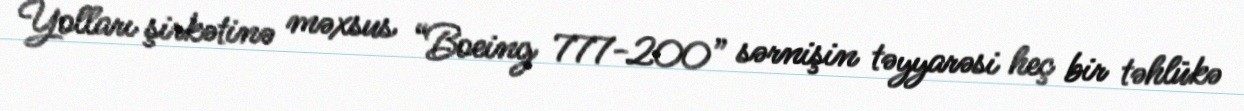
Yolları şirkətinə məxsus “Boeing 777-200” sərnişin təyyarəsi heç bir təhlükə